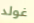
غولد